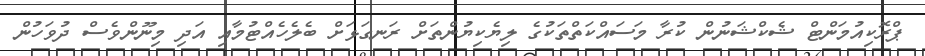
ޕްރޮކިއުމަންޓް ޝެކްޝަނުން ކުރާ މަސައްކަތްތަކުގެ ލިޔެކިޔުންތަށް ރަނގަޅަށް ބެލެހެއްޓުމާއި އަދި މިނޫންވެސް ދުވަހުން